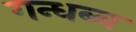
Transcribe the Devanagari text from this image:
गन्धब्ब